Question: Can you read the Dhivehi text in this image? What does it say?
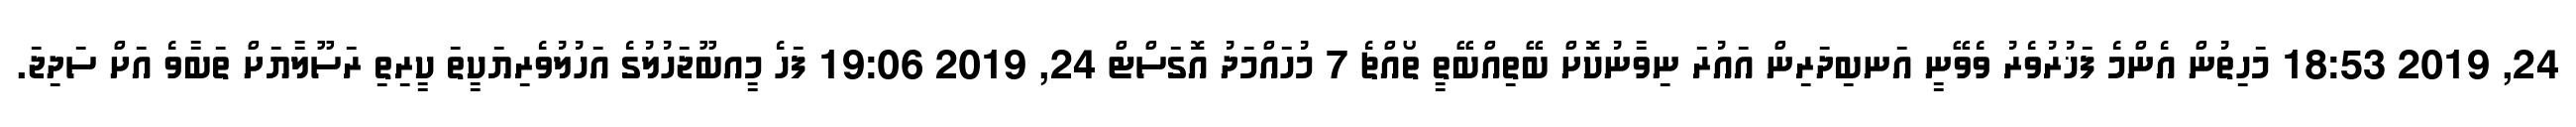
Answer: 24, 2019 18:53 މަހިތުން އެންމެ ފަޚުރުވެރު ވެވޭނީ އަނބިދަރިން އައުރަ ނިވާނުކޮށް ބޭތިއްބޭތީ ތޯއްޗެ 7 މުހައްމަދު އޮގަސްޓް 24, 2019 19:06 ފަހެ މީއބޫޖަހުލުގެ އަހުލުވެރިޔަކީތަ ކީރިތި ރަސޫލާޔަށް ތަބާވެ އަށް ސަދިޖަ.